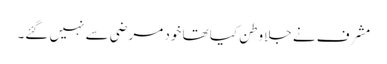
مشرف نے جلاوطن کیا تھا خود مرضی سے نہیں گئے۔